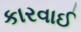
કારવાઈ